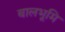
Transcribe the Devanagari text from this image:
बालभूमि